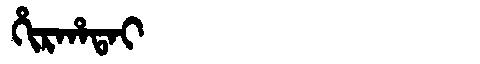
Manchu: ᡥᡳᡵᡥᠠᡨᠠᡳ
Romanization: HIRHATAI